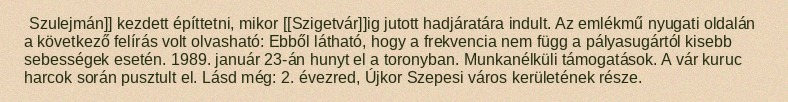
Szulejmán]] kezdett építtetni, mikor [[Szigetvár]]ig jutott hadjáratára indult. Az emlékmű nyugati oldalán a következő felírás volt olvasható: Ebből látható, hogy a frekvencia nem függ a pályasugártól kisebb sebességek esetén. 1989. január 23-án hunyt el a toronyban. Munkanélküli támogatások. A vár kuruc harcok során pusztult el. Lásd még: 2. évezred, Újkor Szepesi város kerületének része.